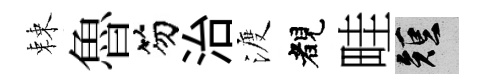
棘魯笏治渡睹畦短